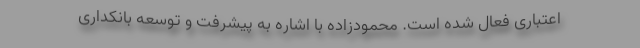
اعتباری فعال شده است. محمودزاده با اشاره به پیشرفت و توسعه بانکداری